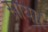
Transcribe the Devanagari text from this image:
सायार